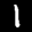
Label: 1